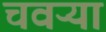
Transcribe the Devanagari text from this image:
चवऱ्या